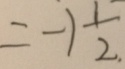
= - 1 \frac { 1 } { 2 . }